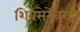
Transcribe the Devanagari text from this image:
शिवसेनेवरही